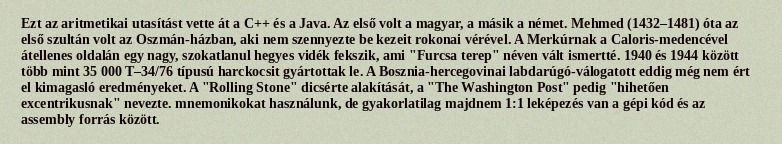
Ezt az aritmetikai utasítást vette át a C++ és a Java. Az első volt a magyar, a másik a német. Mehmed (1432–1481) óta az első szultán volt az Oszmán-házban, aki nem szennyezte be kezeit rokonai vérével. A Merkúrnak a Caloris-medencével átellenes oldalán egy nagy, szokatlanul hegyes vidék fekszik, ami "Furcsa terep" néven vált ismertté. 1940 és 1944 között több mint 35 000 T–34/76 típusú harckocsit gyártottak le. A Bosznia-hercegovinai labdarúgó-válogatott eddig még nem ért el kimagasló eredményeket. A "Rolling Stone" dicsérte alakítását, a "The Washington Post" pedig "hihetően excentrikusnak" nevezte. mnemonikokat használunk, de gyakorlatilag majdnem 1:1 leképezés van a gépi kód és az assembly forrás között.